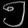
Digit: ၅